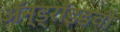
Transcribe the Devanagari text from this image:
ॲन्ड्रॉइडची